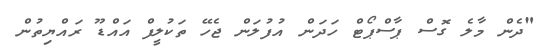
"ދެން މާލެ ގޮސް ޕާސްޕޯޓް ހަދަން އުފުލަން ޖެހޭ ތަކުލީފް އައްޑޫ ރައްޔިތުން